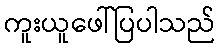
ကူးယူဖေါ်ပြပါသည်